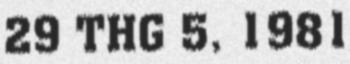
29 THG 5, 1981